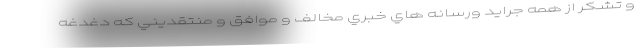
و تشكر از همه جرايد ورسانه هاي خبري مخالف و موافق و منتقديني كه دغدغه